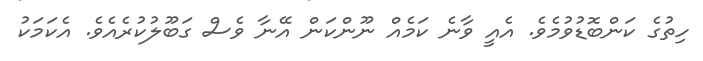
ހިތުގެ ކަންބޮޑުވުމެވެ. އެއީ ވާނެ ކަމެއް ނޫންކަން އޭނާ ވެސް ގަބޫލުކުރެއެވެ. އެކަމަކު